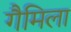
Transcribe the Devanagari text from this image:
गैमिला